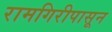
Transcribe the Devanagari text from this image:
रामगिरीपासून